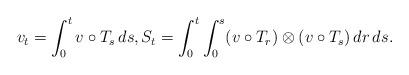
LaTeX: \begin{align*} v_t=\int_0^t v\circ T_s\,ds, S_t=\int_0^t \int_0^s (v\circ T_r)\otimes(v\circ T_s)\,dr\,ds.\end{align*}